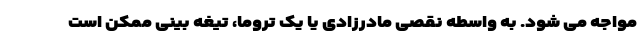
مواجه می شود. به واسطه نقصی مادرزادی یا یک تروما، تیغه بینی ممکن است